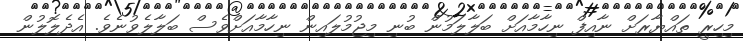
މިހިރީ ތައްޔާރަށް ނާއިފް ނިހާމާއަށް ބަލާލަމުން ބުނި މިޖުމުލައިން ނިހާމާއަށްވެސް ބަލާލެވުނެވެ. އެދެލޮލުން